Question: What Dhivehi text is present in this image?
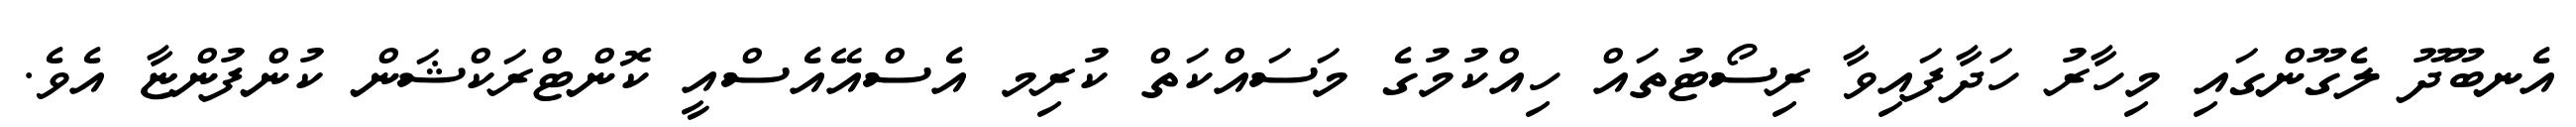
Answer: އެނބޫދޫ ލެގޫންގައި މިހާރު ހަދާފައިވާ ރިސޯޓުތައް ހިއްކުމުގެ މަސައްކަތް ކުރިމ އެސްއޭއެސްއީ ކޮންޓްރަކްޝަން ކުންފުންޏާ އެވެ.